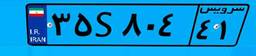
۳۱S۶۶۱۵۸